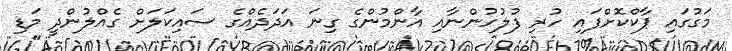
މަގުގައި ޕާކްކޮށްފައި ހުރި ފުލުހުންނާއި އާންމުންގެ ގިނަ އަދަދެއްގެ ސައިކަލަށް ގެއްލުންދީ މަޑި